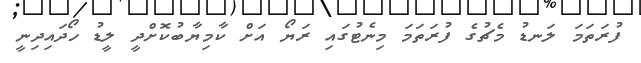
ފުރަތަމަ ލަނޑު މެޗުގެ ފުރަތަމަ މިނެޓުގައި ރަޔޯ އަށް ކާމިޔާބުކޮށްދީ ލީޑު ހޯދައިދިނީ